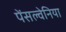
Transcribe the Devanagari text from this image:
पेंसल्वेनिया